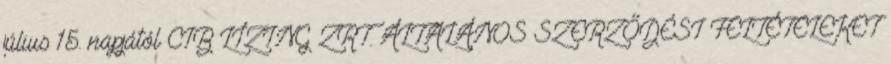
július 15. napjától CIB LÍZING ZRT. ÁLTALÁNOS SZERZŐDÉSI FELTÉTELEKET